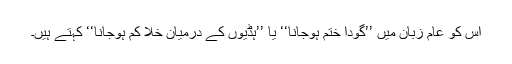
اس کو عام زبان میں ’’گودا ختم ہوجانا‘‘ یا ’’ہڈیوں کے درمیان خلا کم ہوجانا‘‘ کہتے ہیں۔